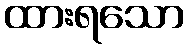
ထားရသော